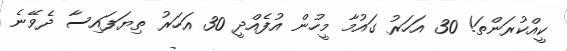
ކީއްކުރަންތަ! 30 އަހަރު ގައުމާ މީހުން އުފެއްދީ 30 އަހަރު ތިޔަފައިސާ ދެވޭނެ